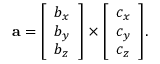
\mathbf { a } = { \left[ \begin{array} { l } { b _ { x } } \\ { b _ { y } } \\ { b _ { z } } \end{array} \right] } \times { \left[ \begin{array} { l } { c _ { x } } \\ { c _ { y } } \\ { c _ { z } } \end{array} \right] } .